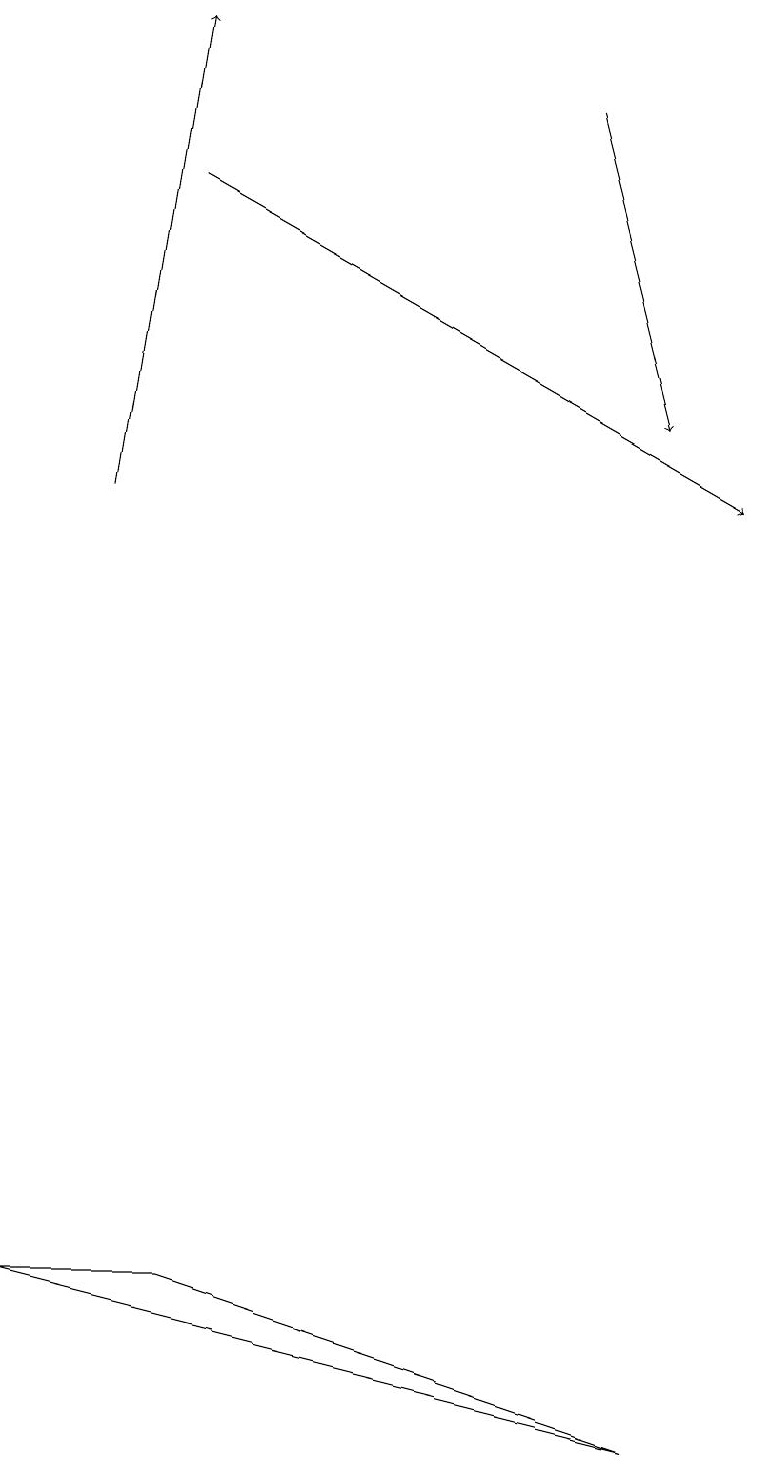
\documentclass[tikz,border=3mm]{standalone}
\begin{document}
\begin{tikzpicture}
\draw[->] (1,12) -- (2,18);
\draw[->] (7,17) -- (8,13);
\draw (8,0) -- (0,2) -- (2,2) -- cycle;
\draw[->] (2,16) -- (9,12);
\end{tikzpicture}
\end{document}